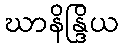
ဃာနိန္ဒြိယ